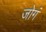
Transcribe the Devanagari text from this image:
जोगं